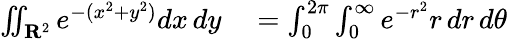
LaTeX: \begin{array}{rlrl}{\iint_{\mathbf{R}^{2}}e^{-(x^{2}+y^{2})}dx\, dy}&{{}=\int_{0}^{2\pi}\int_{0}^{\infty}e^{-r^{2}}r\, dr\, d\theta}\end{array}